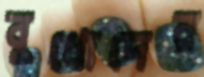
বুধোদের